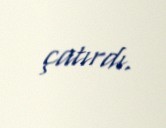
çatırdı.